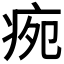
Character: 𭼉